Annual report of the Punjab Veterinary College and of the Civil Veterinary Department, Punjab - 1909-1919
Year: 1909
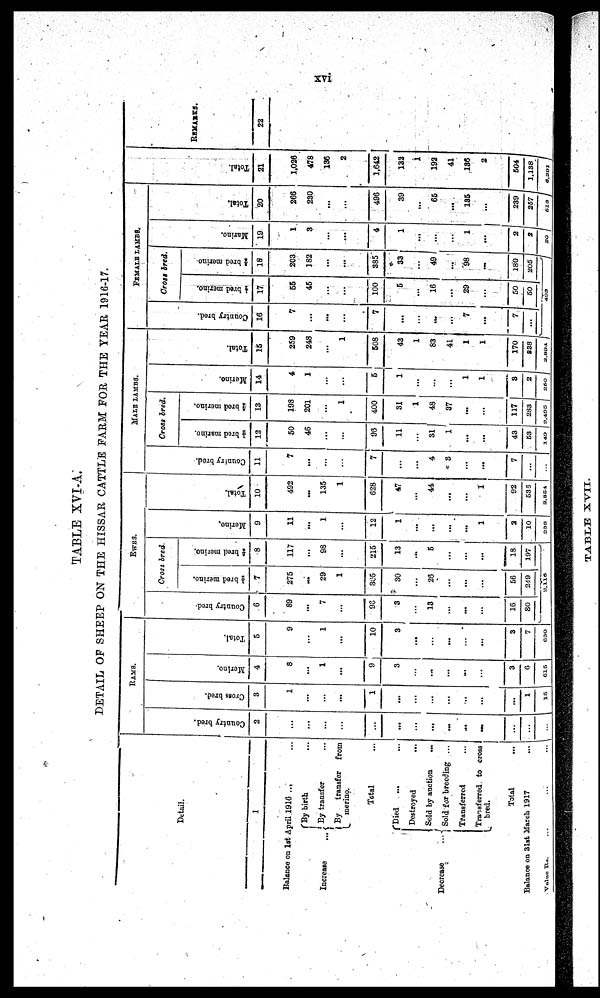
xvi
TABLE XVI-A.
DETAIL OF SHEEP ON THE HISSAR CATTLE FARM FOR THE YEAR 1916-17.
Detail.
1
Balance on 1st April 1916 ... ...
Increase
...
Decrease
...
By birth ...
By transfer ...
By
transfer
from
merino.
Total
Died ... ...
Destroyed
...
Sold by auction
...
Sold for breeding ...
Transferred
...
Transferred to cross
bred.
Total ...
Balance on 31st March 1917 ...
Value Rs. ... ... ...
RAMS.
Count r y bred.
2
...
...
...
...
...
...
...
...
...
...
...
...
...
...
Cr oss br ed.
3
1
...
...
...
1
...
...
...
...
...
...
...
1
15
Mer i
no.
4
8
...
1
...
9
3
...
...
...
...
...
3
6
615
Tot al .
5
9
...
1
...
10
3
...
...
...
...
...
3
7
630
EWES.
Count r y br ed.
6
89
...
7
...
96
3
...
13
...
...
...
16
80
Cross bred.
½ bred merino.
7
275
...
29
1
305
30
...
26
...
...
...
56
249
¼ bred merino.
8
117
...
98
...
215
13
...
5
...
...
...
18
197
2,116
Me r
i
no.
9
11
...
1
...
12
1
...
...
...
...
1
2
10
238
Tot al .
10
492
...
135
1
628
47
...
44
...
...
1
92
538
2,954
MALE LAMBS.
Count r y bred.
11
7
...
...
...
7
...
...
4
9
...
...
7
...
...
Cross bred.
1/9 bred marino.
12
50
46
...
...
96
11
...
31
1
...
...
43
53
149
¾ bred merino.
13
198
201
...
1
400
31
1
48
37
...
...
117
283
2,495
Me r
i
no.
14
4
1
...
...
5
1
...
...
...
1
1
3
2
250
Tot al .
15
259
248
...
1
508
43
1
83
41
1
1
170
838
2,894
FEMALE LAMBS.
Count r y br ed.
16
7
...
...
...
7
...
...
...
...
7
...
7
...
Cross bred.
½ bred merino.
17
55
45
...
...
100
5
...
16
...
29
...
50
50
¼ bred merino.
18
203
182
...
...
385
33
...
49
...
98
...
180
205
498
Mar i
no.
19
1
3
...
...
4
1
...
...
...
1
...
2
2
20
Tot al .
20
266
230
...
...
496
39
...
65
...
135
...
239
257
513
Tot al .
21
1,026
478
136
2
1,642
132
1
192
41
136
2
504
1,138
6,391
REMARKS.
22